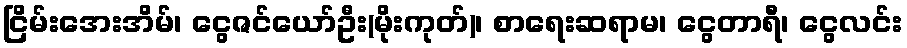
ငြိမ်းအေးအိမ်၊ ငွေဇင်ယော်ဦး(မိုးကုတ်)၊ စာရေးဆရာမ၊ ငွေတာရီ၊ ငွေလင်း